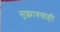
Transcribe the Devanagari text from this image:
सुझावग्राही